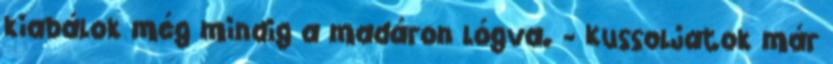
kiabálok még mindig a madáron lógva. - Kussoljatok már